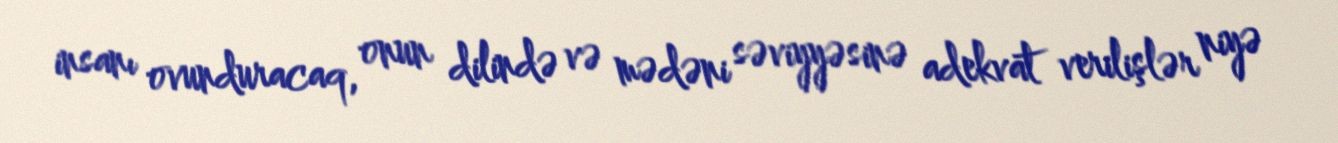
insanı ovunduracaq, onun dilində və mədəni səviyyəsinə adekvat verilişlər niyə